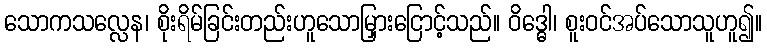
သောကသလ္လေန၊ စိုးရိမ်ခြင်းတည်းဟူသောမြှားငြောင့်သည်။ ဝိဒ္ဓေါ၊ စူးဝင်အပ်သောသူဟူ၍။